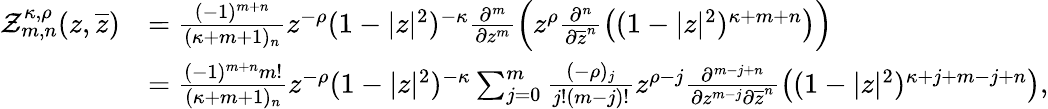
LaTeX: \begin{array}{rl}{\mathcal{Z}_{m,n}^{\kappa,\rho}(z,\overline{{z}})}&{=\frac{(-1)^{m+n}}{(\kappa+m+1)_{n}}z^{-\rho}(1-|z|^{2})^{-\kappa}\frac{\partial^{m}}{\partial z^{m}}\left(z^{\rho}\frac{\partial^{n}}{\partial\overline{{z}}^{n}}\left((1-|z|^{2})^{\kappa+m+n}\right)\right)}\\ &{=\frac{(-1)^{m+n}m!}{(\kappa+m+1)_{n}}z^{-\rho}(1-|z|^{2})^{-\kappa}\sum_{j=0}^{m}\frac{(-\rho)_{j}}{j!(m-j)!}z^{\rho-j}\frac{\partial^{m-j+n}}{\partial z^{m-j}\partial\overline{{z}}^{n}}\left((1-|z|^{2})^{\kappa+j+m-j+n}\right),}\end{array}